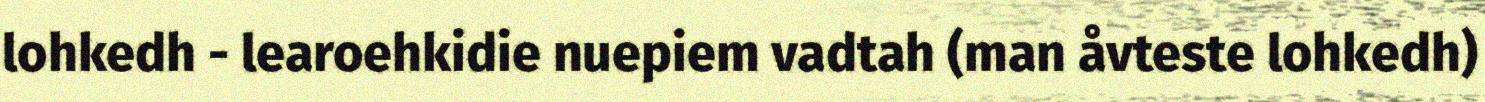
lohkedh - learoehkidie nuepiem vadtah (man åvteste lohkedh)